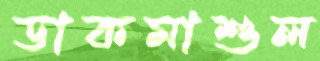
ডাকমাশুল